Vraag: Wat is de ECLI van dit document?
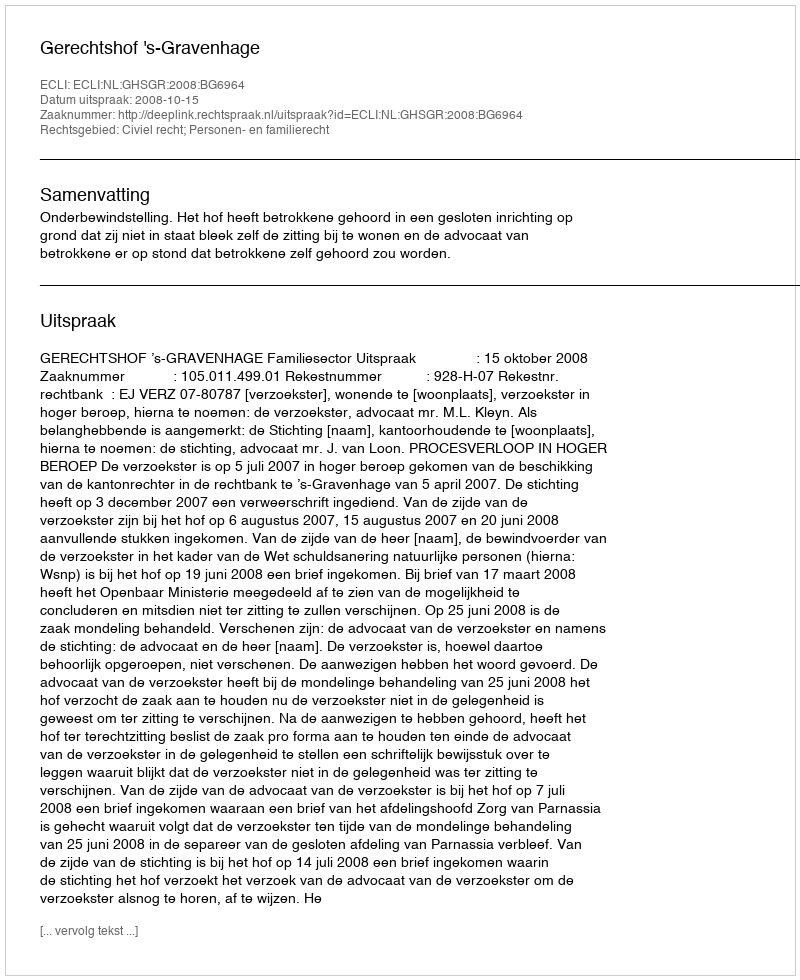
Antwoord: ECLI:NL:GHSGR:2008:BG6964